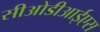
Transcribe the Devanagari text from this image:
सीओडीआईएस